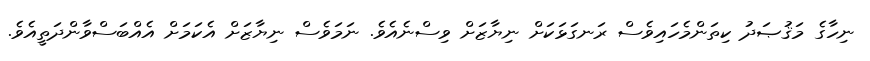
ނިހާގެ މަޤުޞަދު ކިތަންމެހައިވެސް ރަނގަޅަކަށް ނިޔާޒަށް ވިސްނެއެވެ. ނަމަވެސް ނިޔާޒަށް އެކަމަށް އެއްބަސްވާންދަތީއެވެ.